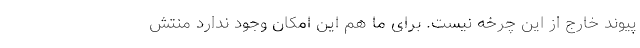
پیوند خارج از این چرخه نیست. برای ما هم این امکان وجود ندارد منتش